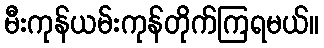
မီးကုန်ယမ်းကုန်တိုက်ကြရမယ်။